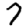
Digit: 7